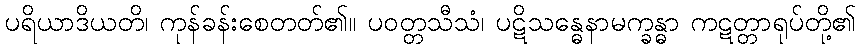
ပရိယာဒိယတိ၊ ကုန်ခန်းစေတတ်၏။ ပဝတ္တသီသံ၊ ပဋိသန္ဓေနာမက္ခန္ဓာ ကဋတ္တာရုပ်တို့၏